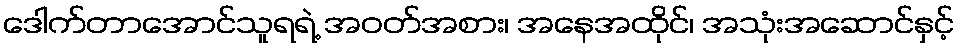
ဒေါက်တာအောင်သူရရဲ့ အဝတ်အစား၊ အနေအထိုင်၊ အသုံးအဆောင်နှင့်